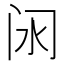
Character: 𲈵